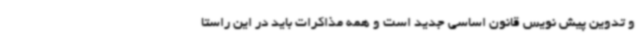
و تدوین پیش نویس قانون اساسی جدید است و همه مذاکرات باید در این راستا